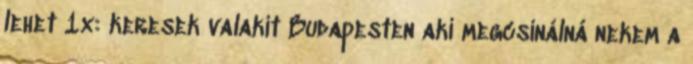
lehet 1x: keresek valakit Budapesten aki megcsinálná nekem a